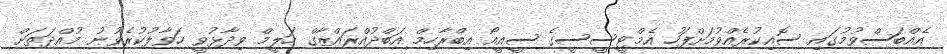
އެއްބަސްވުމުގައި ސޮއިކުރެއްވުމަށްފަހު އެމްޓީސީސީގެ ސީއީއޯ އިބްރާހިމް އަބްދުއްރައްޒާގް ހަލީމް ވިދާޅުވީ ހަވާލުކުރެވުނު މުއްދަތަށް